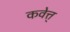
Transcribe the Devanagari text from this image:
कवेत्त्